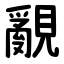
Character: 覶